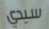
سيدي